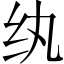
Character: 纨